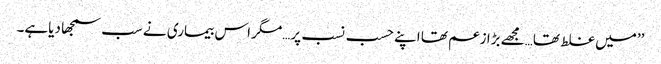
’’میں غلط تھا…مجھے بڑا زعم تھا اپنے حسب نسب پر…مگر اس بیماری نے سب سمجھا دیاہے۔